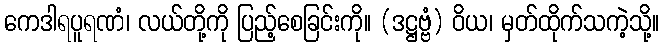
ကေဒါရပူရဏံ၊ လယ်တို့ကို ပြည့်စေခြင်းကို။ (ဒဋ္ဌဗ္ဗံ) ဝိယ၊ မှတ်ထိုက်သကဲ့သို့။